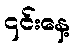
၎င်းနေ့